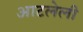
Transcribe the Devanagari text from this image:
आटलेली